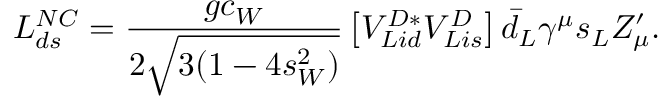
{ \cal L } _ { d s } ^ { N C } = \frac { g c _ { W } } { 2 \sqrt { 3 ( 1 - 4 s _ { W } ^ { 2 } ) } } \left[ V _ { L i d } ^ { D * } V _ { L i s } ^ { D } \right] \bar { d } _ { L } \gamma ^ { \mu } s _ { L } Z _ { \mu } ^ { \prime } .